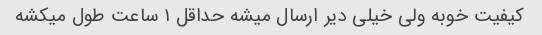
کیفیت خوبه ولی خیلی دیر ارسال میشه حداقل ۱ ساعت طول میکشه